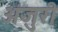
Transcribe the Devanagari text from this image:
अंजुरी